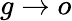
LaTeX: g\rightarrow o